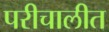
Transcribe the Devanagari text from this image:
परीचालीत